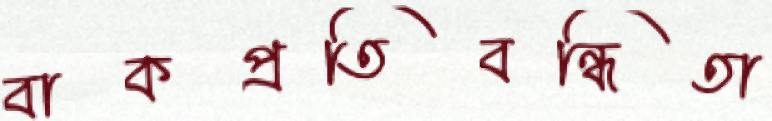
বাকপ্রতিবন্ধিতা